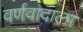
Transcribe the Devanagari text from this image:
वर्णवादाला